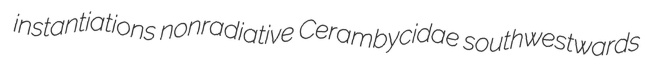
instantiations nonradiative Cerambycidae southwestwards